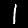
Label: 1